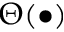
\Theta ( \bullet )